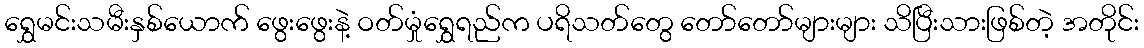
ရွှေမင်းသမီးနှစ်ယောက် ဖွေးဖွေးနဲ့ ဝတ်မှုံရွှေရည်က ပရိသတ်တွေ တော်တော်များများ သိပြီးသားဖြစ်တဲ့ အတိုင်း